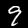
Digit: 9